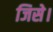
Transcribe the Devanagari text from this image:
जिसे।